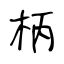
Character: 柄